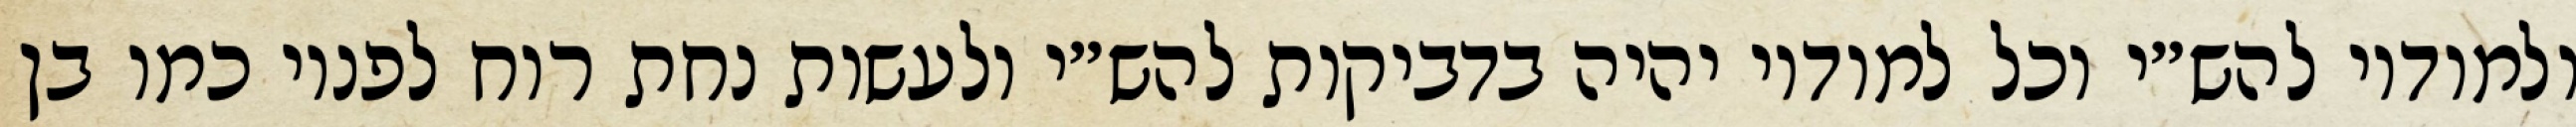
ולמודיו להש״י וכל למודיו יהיה בדביקות להש״י ולעשות נחת רוח לפניו כמו בן